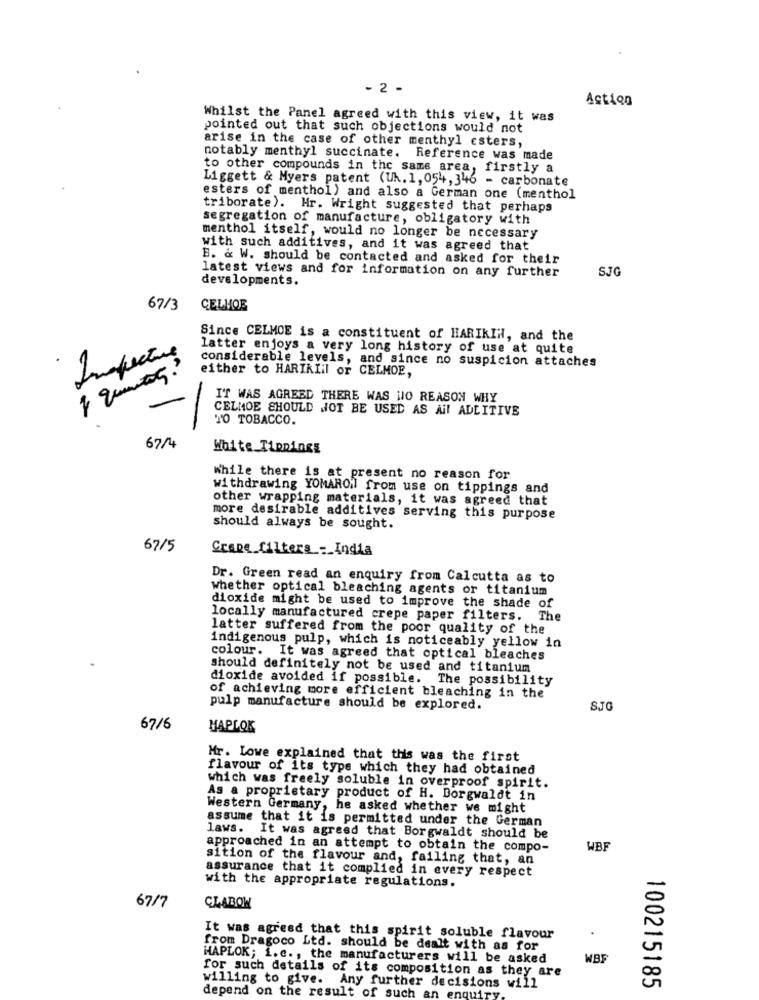
- 2 -
Action
Whilst the Panel agreed with this view, it was
pointed out that such objections would not
arise in the case of other menthyl esters,
notably menthyl succinate. Reference was made
to other compounds in the same area, firstly a
Liggett & Myers patent (Uk. 1, 054, 346 - carbonate
esters of menthol) and also a German one (menthol
triborate). Hr. Wright suggested that perhaps
segregation of manufacture, obligatory with
menthol itself, would no longer be necessary
with such additives, and it was agreed that
B. & W. should be contacted and asked for their
SJG
latest views and for information on any further
developments.
67/3
CELMOE
Since CELMOE is a constituent of HARIKIH, and the
latter enjoys a very long history of use at quite
Inefective
considerable levels, and since no suspicion attaches
either to HARIKIil or CELMOE,
IT WAS AGREED THERE WAS NO REASON WHY
CELMOE SHOULD NOT BE USED AS Ail ADLITIVE
TO TOBACCO.
-
674
White Tippings
While there is at present no reason for
withdrawing YOMARON from use on tippings and
other wrapping materials, it was agreed that
more desirable additives serving this purpose
should always be sought.
67/5
Grape_filters _-_ India
Dr. Green read an enquiry from Calcutta as to
whether optical bleaching agents or titanium
dioxide might be used to improve the shade of
locally manufactured crepe paper filters. The
latter suffered from the poor quality of the
indigenous pulp, which is noticeably yellow in
colour. It was agreed that optical bleaches
should definitely not be used and titanium
dioxide avoided if possible. The possibility
of achieving more efficient bleaching in the
pulp manufacture should be explored.
SJG
6716
MAPLOK
Mr. Lowe explained that this was the first
flavour of its type which they had obtained
which was freely soluble in overproof spirit.
As a proprietary product of H. Borgwaldt in
Western Germany, he asked whether we might
assume that it is permitted under the German
laws. It was agreed that Borgwaldt should be
approached in an attempt to obtain the compo-
WBF
sition of the flavour and, failing that, an
assurance that it complied in every respect
with the appropriate regulations.
67/7
CLAROW
It was agreed that this spirit soluble flavour
from Dragoco Ltd. should be dealt with as for
HAPLOK; i.c ., the manufacturers will be asked
NBF
for such details of its composition as they are
100215185
willing to give. Any further decisions will
depend on the result of such